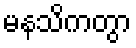
မနသိကတွာ